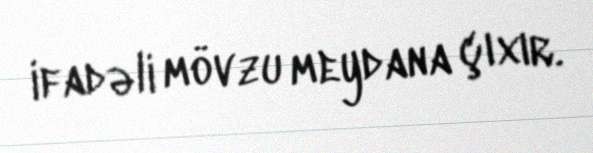
ifadəli mövzu meydana çıxır.